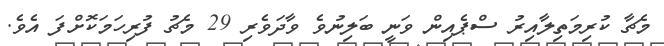
މެޗާ ކުރިމަތިލާއިރު ސްޕެއިން ވަނީ ބަލިނުވެ ވާދަވެރި 29 މެޗު ފުރިހަމަކޮށްފަ އެވެ.